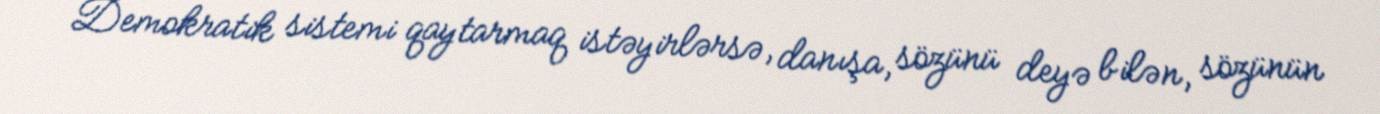
Demokratik sistemi qaytarmaq istəyirlərsə, danışa, sözünü deyə bilən, sözünün